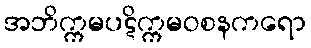
အဘိက္ကမပဋိက္ကမဝစနကရော